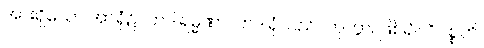
အားရှိသော အာရုံ၌။ တဒါရမ္မဏာ၊ တဒါရုံသည်။ ဟုတွာ၊ ဖြစ်၍။ ဝိပစ္စတိ၊